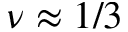
\nu \approx 1 / 3